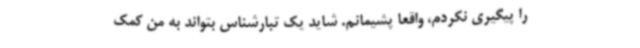
را پیگیری نکردم، واقعا پشیمانم. شاید یک تبارشناس بتواند به من کمک